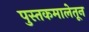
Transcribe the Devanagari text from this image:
पुस्तकमालेतून